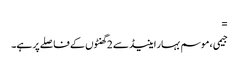
=
جیمی ، موسم بہار اینیڈ سے 2 گھنٹوں کے فاصلے پر ہے۔